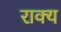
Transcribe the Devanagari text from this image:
राक्य